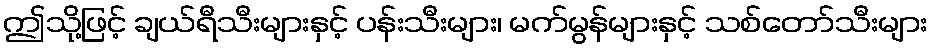
ဤသို့ဖြင့် ချယ်ရီသီးများနှင့် ပန်းသီးများ၊ မက်မွန်များနှင့် သစ်တော်သီးများ